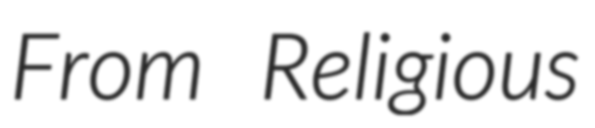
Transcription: From Religious